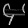
Digit: ၄